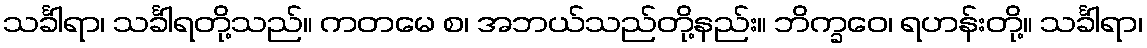
သင်္ခါရာ၊ သင်္ခါရတို့သည်။ ကတမေ စ၊ အဘယ်သည်တို့နည်း။ ဘိက္ခဝေ၊ ရဟန်းတို့။ သင်္ခါရာ၊